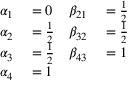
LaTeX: \begin{array} { r l r l } { \alpha _ { 1 } } & { { } = 0 } & { \beta _ { 2 1 } } & { { } = { \frac { 1 } { 2 } } } \\ { \alpha _ { 2 } } & { { } = { \frac { 1 } { 2 } } } & { \beta _ { 3 2 } } & { { } = { \frac { 1 } { 2 } } } \\ { \alpha _ { 3 } } & { { } = { \frac { 1 } { 2 } } } & { \beta _ { 4 3 } } & { { } = 1 } \\ { \alpha _ { 4 } } & { { } = 1 } & { } & { { } } \end{array}